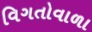
વિગતોવાળા